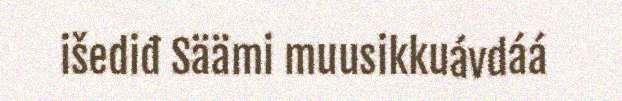
išediđ Säämi muusikkuávdáá